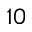
1 0